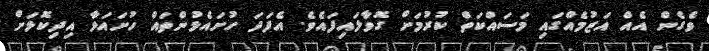
ވެގެން އެއް އަޒުމެއްގައި މަސައްކަތް ކުރުމަށް ގޮވާލައިފައެވެ. އެފަދަ ހުށައެޅުންތައް ހުށައަޅާ އިދިކޮޅަށް